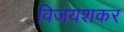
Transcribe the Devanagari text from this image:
विजयशकर